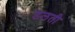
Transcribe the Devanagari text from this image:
डलती